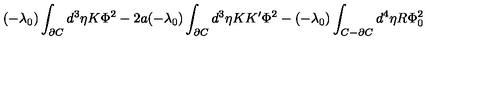
( - \lambda _ { 0 } ) \int _ { \partial C } d ^ { 3 } \eta K \Phi ^ { 2 } - 2 a ( - \lambda _ { 0 } ) \int _ { \partial C } d ^ { 3 } \eta K K ^ { \prime } \Phi ^ { 2 } - ( - \lambda _ { 0 } ) \int _ { C - \partial C } d ^ { 4 } \eta R \Phi _ { 0 } ^ { 2 }